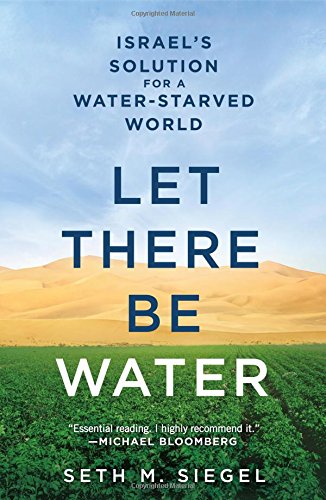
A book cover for Let There Be Water: Israel's Solution for a Water-Starved World; Seth M. Siegel; Engineering & Transportation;